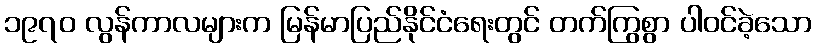
၁၉၇၀ လွန်ကာလများက မြန်မာပြည်နိုင်ငံရေးတွင် တက်ကြွစွာ ပါဝင်ခဲ့သော